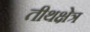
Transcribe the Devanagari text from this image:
तीथक्षेत्र